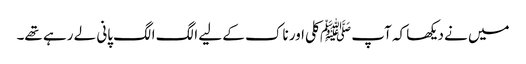
میں نے دیکھا کہ آپ ﷺ کلی اور ناک کے لیے الگ الگ پانی لے رہے تھے۔